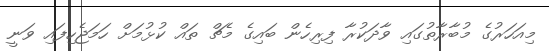
މިއަހަރުގެ މުބާރާތުގައި ވާދަކުރާ ފިރިހެން ބައިގެ މެޗް ތައް ކުޅުމަށް ހަމަޖެހިފައި ވަނީ